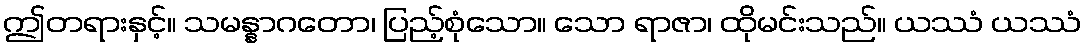
ဤတရားနှင့်။ သမန္နာဂတော၊ ပြည့်စုံသော။ သော ရာဇာ၊ ထိုမင်းသည်။ ယဿံ ယဿံ